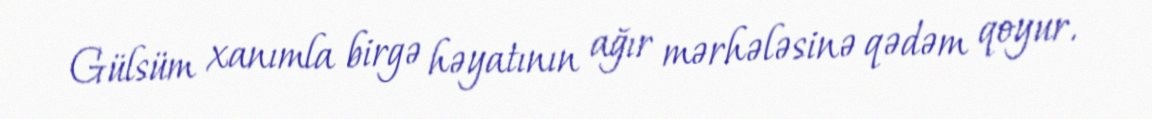
Gülsüm xanımla birgə həyatının ağır mərhələsinə qədəm qoyur.